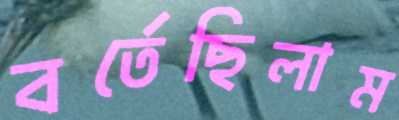
বর্তেছিলাম